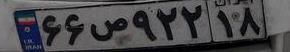
۶۶ص۹۲۲۱۸